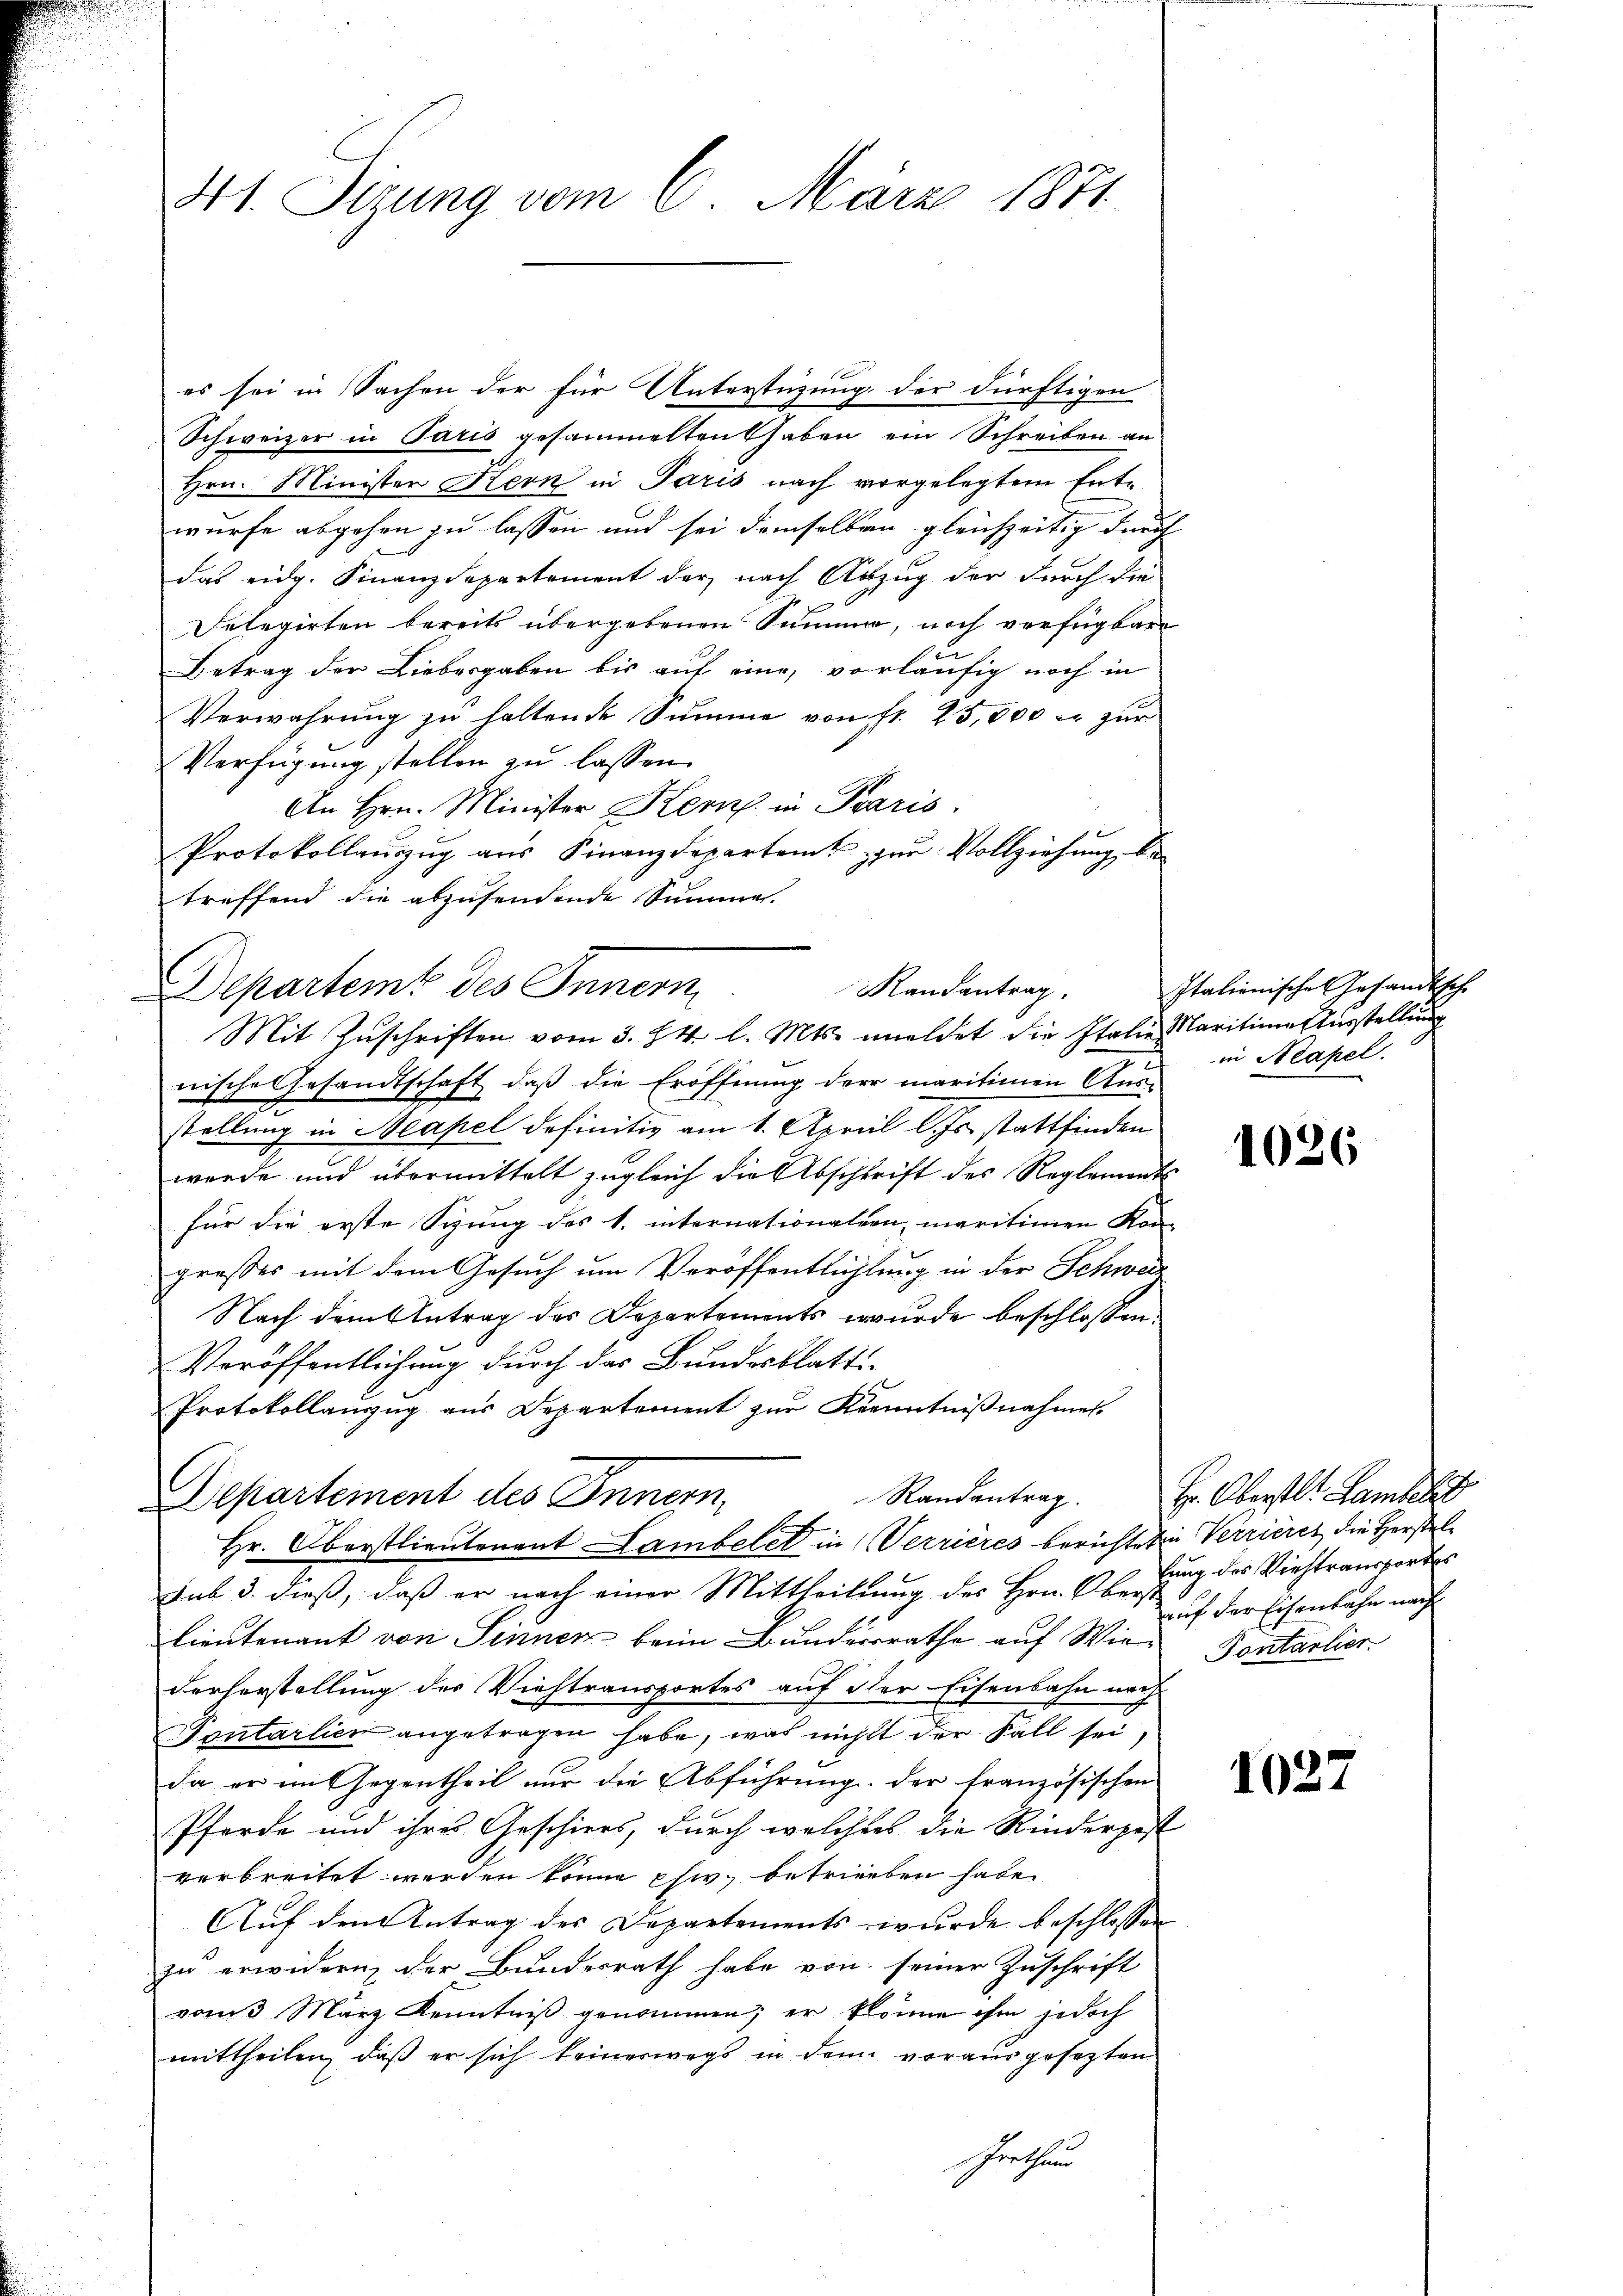
41. Sizung vom 6. März 1871

es sei in Sachen der für Unterstüzung der dürftigen
Schweizer in Paris gesammelten haben ein Schreiben an
Hrn. Minister Kern in Paris nach vorgelegtem Entwurfe abgehen zu lassen und sei demselben gleichzeitig durch
das eidg. Finanzdepartement der nach Abzug der durch die
Selegirten bereits übergebenen Summe, noch verfügbare
u
Betrag der Liebesgaben bis auf eine, vorläufig noch in
Verwahrung zu haltende Summe von Fr. 25,000 er zur
Verfügung stellen zu lassen.
An Hrn. Minister Kern in Paris.
Protokollauszug aus Finanzdepartent au Vollziehung be-
treffend die abzusendende Summes.
Departemt des Innern
nische Gesandtschaft, daß die Eröffnung der maritienen Aus-
stellung in Neapel definitiv am 1. April l. Js. stattfinden
werde und übermittelt zugleich die Abschrift des Reglements
für die erste Syung des 1. internationalen, maritimen Kon-
großes mit dem Gesuch um Veröffentlichtung in der Schwere
Nach dem Antrag des Departements wurde beschlossen
Veröffentlichung durch das Bundesblatt
Protokollanzug aus Departement zur Kenntnißnahmen
Randantrag.
Departement des Innern,
R
Hr. Oberstlieutenant Lambelet in Verrières berichteten Verrieres die Herstelsub 3. dieß, daß er nach einer Mittheilung des Hrn. Oberst
lieutenant von Sinner beim Bunderrathe auf Wie Pontantier
derherstellung der Viehtransportes auf der Eisenbahn nach
Pontarlier angetragen habe, was nicht der Fall sei,
da er im Gegentheil nur die Abführung der französischen
Pferde und ihres Geschiers, durch welchers die Rinderpest
verbreitet worden könne phi betrieben habe.
Aŭf den Antrag des Departements wurde beschlossen
zu erwidern der Bundesrath habe von seiner Zuschrift
vom 3. März Kenntniß genommen; er könne ihm jedoch
mittheilen, daß er sich keineswegs in den vorausgesezten
hrrthum

Mandantrag.
Mit Zuschriften vom 3. 84. l. Mts. meldet die Italie Maritime Ausstellung

Italionische Gesandtsche
in Neapel.

1026

Hr. Oberstl. Lamber
lung des Viehtransportes
auf der Eisenbahn nach

1022